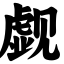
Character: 觑